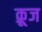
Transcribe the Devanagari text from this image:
क़्रूज